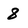
Character: 8